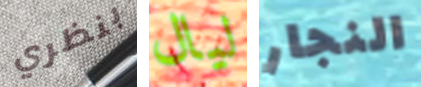
بنظري ليال النجار